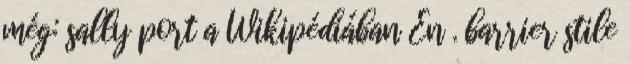
még: sally port a Wikipédiában En . barrier stile